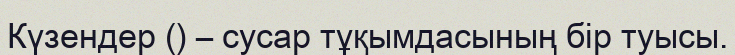
Күзендер () – сусар тұқымдасының бір туысы.